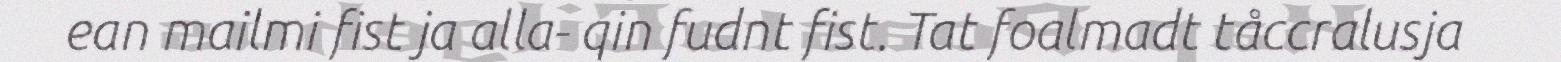
ean mailmi fist ja alla- qin fudnt fist. Tat foalmadt tåccralusja